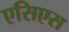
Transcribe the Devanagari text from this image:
एसिएस